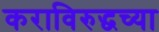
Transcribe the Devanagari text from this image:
कराविरुद्धच्या